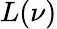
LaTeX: L(\nu)